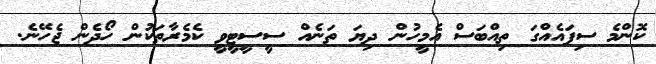
ކޮންމެ ސިފައެއްގަ ތިއްބަސް އެމީހުން ދިޔަ ތަނެއް ސީސީޓީވީ ކެމެރާތަކުން ހޯދެން ޖެހޭނެ.